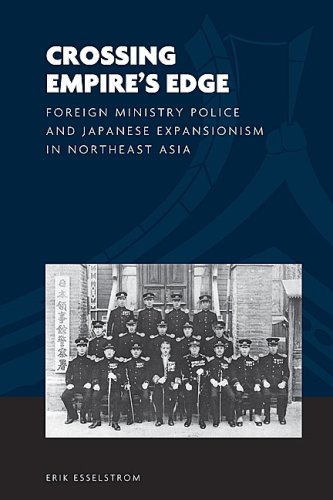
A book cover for Crossing Empire's Edge: Foreign Ministry Police and Japanese Expansionism in Northeast Asia (The World of East Asia); Erik Esselstrom; History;